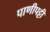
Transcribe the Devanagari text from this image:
पाणीपट्टी